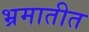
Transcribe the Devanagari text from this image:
भ्रमातीत